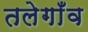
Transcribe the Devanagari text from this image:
तलेगाँव